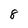
Character: 8